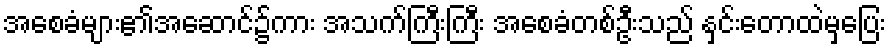
အစေခံများ၏အဆောင်၌ကား အသက်ကြီးကြီး အစေခံတစ်ဦးသည် နှင်းတောထဲမှပြေး